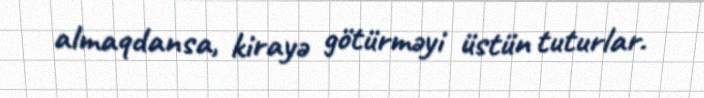
almaqdansa, kirayə götürməyi üstün tuturlar.